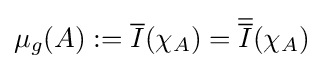
\mu _{g}(A):={\overline {I}}(\chi _{A})={\overline {\overline {I}}}(\chi _{A})